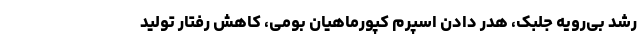
رشد بی‌رویه جلبک، هدر دادن اسپرم کپورماهیان بومی، کاهش رفتار تولید